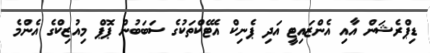
ޑިޕްރެޝަން އާއި އެންޒައިޓީ އަދި ޕެނިކް އެޓޭކްތަކުގެ ސަބަބުން ޕޮޕް މިއުޒިކްގެ އެންމެ